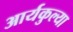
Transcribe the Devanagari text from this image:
आर्यकुल्या